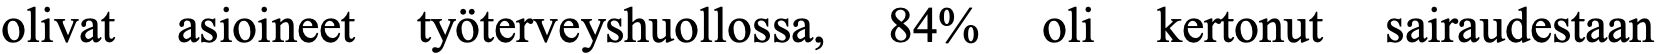
olivat asioineet työterveyshuollossa, 84% oli kertonut sairaudestaan